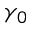
\gamma _ { 0 }